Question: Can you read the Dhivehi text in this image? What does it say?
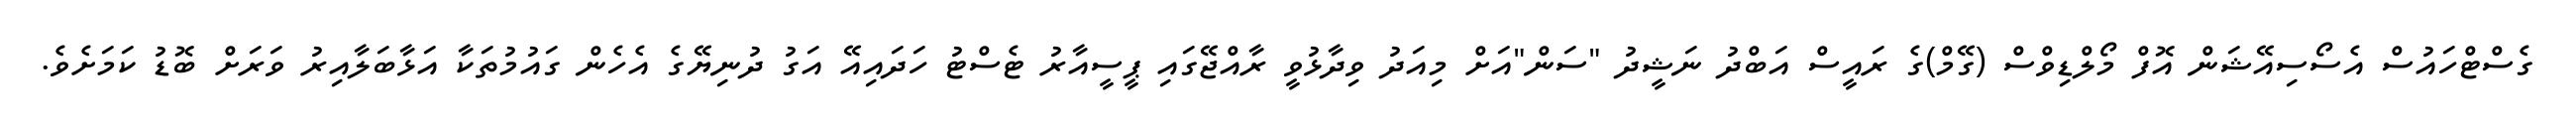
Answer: ގެސްޓްހައުސް އެސޯސިއޭޝަން އޮފް މޯލްޑިވްސް (ގޭމް)ގެ ރައީސް އަބްދު ނަޝީދު "ސަން"އަށް މިއަދު ވިދާޅުވީ ރާއްޖޭގައި ޕީސީއާރު ޓެސްޓު ހަދައިއޭ އަގު ދުނިޔޭގެ އެހެން ގައުމުތަކާ އަޅާބަލާއިރު ވަރަށް ބޮޑު ކަމަށެވެ.